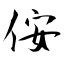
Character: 侒